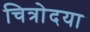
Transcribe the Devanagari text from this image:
चित्रोदया